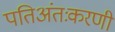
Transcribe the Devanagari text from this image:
पतिअंतःकरणी